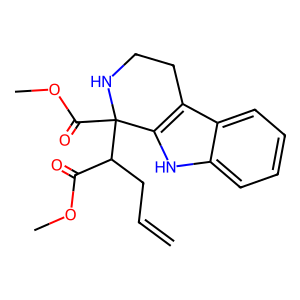
SMILES: C=CCC(C(=O)OC)C1(C(=O)OC)NCCc2c1[nH]c1ccccc21
Inhibits HIV replication: No